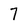
Character: 7